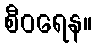
စီဝရေန။